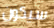
سيكون